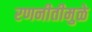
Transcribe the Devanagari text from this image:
रणनीतीमुळे